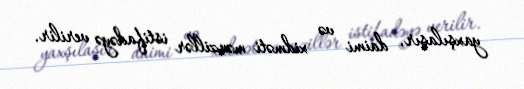
yaxşılaşır, daimi və xidməti mənzillər istifadəyə verilir.